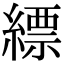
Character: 縹